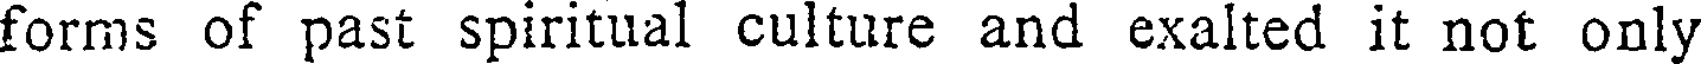
forms of past spiritual culture and exalted it not only